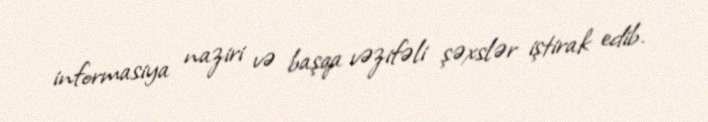
informasiya naziri və başqa vəzifəli şəxslər iştirak edib.